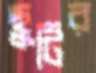
ছুটির